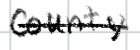
Text: County
Cross-out: single-line
Writing tool: digital_black